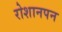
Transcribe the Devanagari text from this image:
रोशानपन